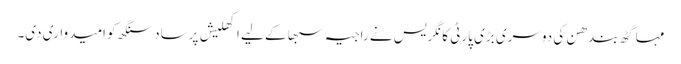
مہا گٹھ بندھن کی دوسری بڑی پارٹی کانگریس نے راجیہ سبھا کے لیے اکھلیش پرساد سنگھ کو امیدواری دی۔